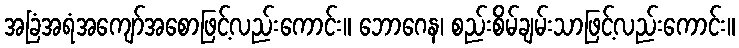
အခြံအရံအကျော်အစောဖြင့်လည်းကောင်း။ ဘောဂေန၊ စည်းစိမ်ချမ်းသာဖြင့်လည်းကောင်း။